Papers set at the Examination for Leaving Certificates, 1893
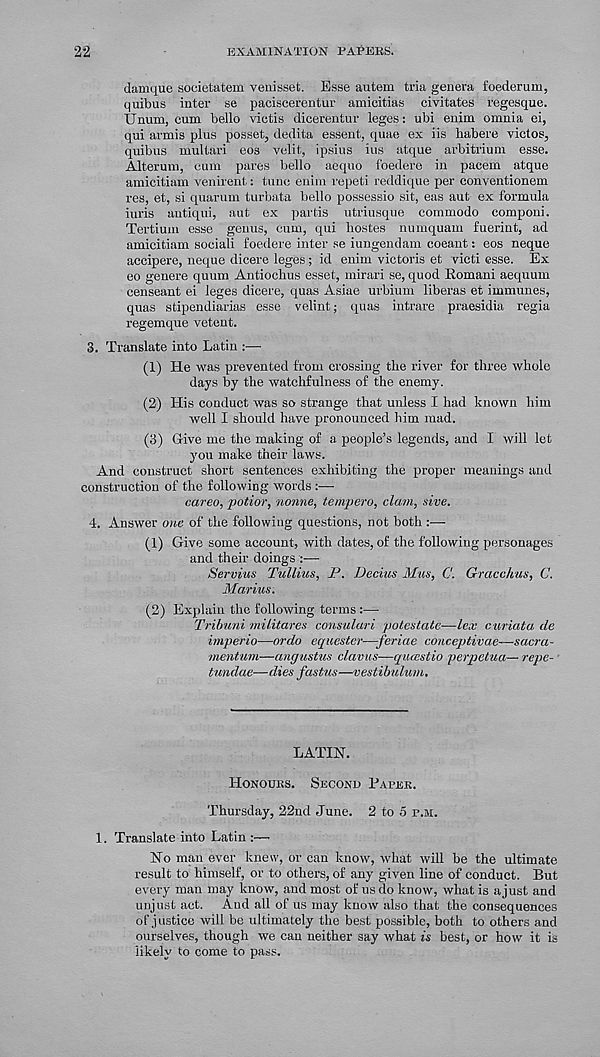
22
EXAMINATION PAPERS.
damque societatem venisset. Esse autem tria genera foederum,
quibus inter se paciscerentur amicitias civitates regesque.
Unum, cum bello victis dicerentur leges: ubi enim omnia ei,
qui armis plus posset, dedita essent, quae ex iis habere victos,
quibus multari eos velit, ipsius ins atque arbitrium esse.
Alterum, cum pares bello aequo foedere in pacem atque
amicitiam venirent: tunc enim repeti reddique per conventionem
res, et, si quarum turbata bello possessio sit, eas aut ex formula
iuris antiqui, aut ex partis utriusque commodo componi.
Tertium esse genus, cum, qui hostes numquam fuerint, ad
amicitiam sociali foedere inter se iungendam coeant: eos neque
accipere, neque dicere leges; id enim victoris et victi esse. Ex
eo genere quum Antioehus esset, mirari se, quod Eomani aequum
censeant ei leges dicere, quas Asiae urbium liberas et immunes,
quas stipendiarias esse velint; quas intrare praesidia regia
regemque vetent.
3. Translate into Latin :—
(1) He was prevented from crossing the river for three whole
days by the watchfulness of the enemy.
(2) His conduct was so strange that unless I had known him
well I should have pronounced him mad.
(3) Give me the making of a people’s legends, and I will let
you make their laws.
And construct short sentences exhibiting the proper meanings and
construction of the following words :—
careo, potior, nonne, tempera, clam, give.
4. Answer one of the following questions, not both :—
(1) Give some account, with dates, of the following personages
and their doings :—
Serving Tullius, P. Decius Mus, C. Gracchus, C.
Marius.
(2) Explain the following terms :—
Tribuni militares consulari potestate—lex curiata cle
imperio—or do equester—-feriae conceptivae—sacra-
mentum—angustus clavus—qiuestio perpetua— repe-
tundae—dies fastus—vestibulum.
LATIN.
HONOURS.
SECOND PAPER.
Thursday, 22nd June. 2 to 5 P.M.
1. Translate into Latin :—
No man ever knew, or can know, what will be the ultimate
result to himself, or to others, of any given line of conduct. But
every man may know, and most of us do know, what is a just and
unjust act. Aud all of us may know also that the consequences
of justice will be ultimately the best possible, both to others and
ourselves, though we can neither say what is best, or how it is
likely to come to pass.